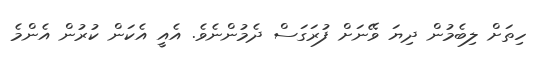
ހިތަށް ލިބެމުން ދިޔަ ވޭނަށް ފުރަގަސް ދެމުންނެވެ. އެއީ އެކަން ކުރުން އެންމެ